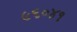
૯૬૦૪૧